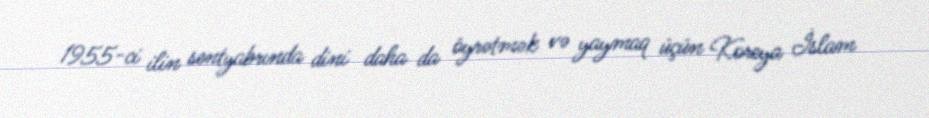
1955-ci ilin sentyabrında dini daha da öyrətmək və yaymaq üçün Koreya İslam